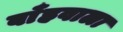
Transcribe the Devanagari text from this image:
बाँहवाला